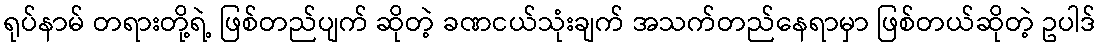
ရုပ်နာမ် တရားတို့ရဲ့ ဖြစ်တည်ပျက် ဆိုတဲ့ ခဏငယ်သုံးချက် အသက်တည်နေရာမှာ ဖြစ်တယ်ဆိုတဲ့ ဥပါဒ်